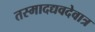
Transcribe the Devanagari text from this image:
तस्मादद्यवदेवात्र